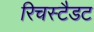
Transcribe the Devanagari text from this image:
रिचस्टैडट